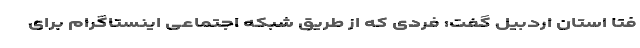
فتا استان اردبیل گفت: فردی که از طریق شبکه‌ اجتماعی اینستاگرام برای